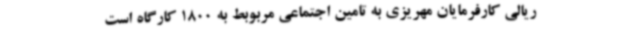
ریالی کارفرمایان مهریزی به تامین اجتماعی مربوبط به 1800 کارگاه است